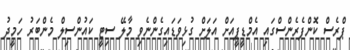
ޕްރެސް ކޮންފެރެންސްގައި އެމްޑީޕީއަށް އަލަށް ގުޅިވަޑައިގެންނެވި މާލޭ ސިޓީ ކައުންސިލް މެންބަރު ހަމީދު